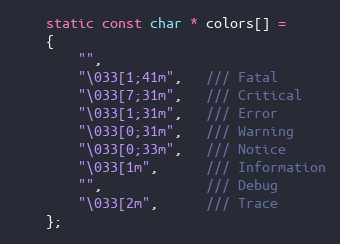
Language: C++
    static const char * colors[] =
    {
        "",
        "\033[1;41m",   /// Fatal
        "\033[7;31m",   /// Critical
        "\033[1;31m",   /// Error
        "\033[0;31m",   /// Warning
        "\033[0;33m",   /// Notice
        "\033[1m",      /// Information
        "",             /// Debug
        "\033[2m",      /// Trace
    };